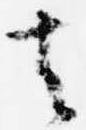
去